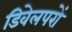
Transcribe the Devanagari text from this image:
डिवेलपरों